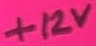
Text: +12V